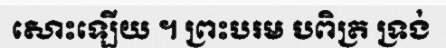
សោះឡើយ ។ ព្រះបរម បពិត្រ ទ្រង់